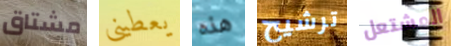
مشتاق يعطينى هذه ترشيح المشتعل